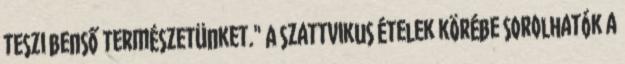
teszi benső természetünket." A szattvikus ételek körébe sorolhatók a